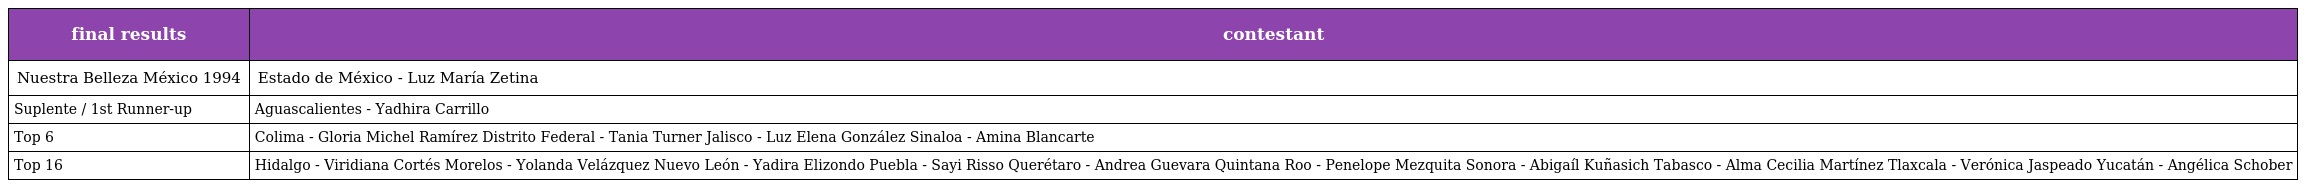
| final results | contestant |
 | --- | --- |
 | Nuestra Belleza México 1994 | Estado de México - Luz María Zetina |
 | Suplente / 1st Runner-up | Aguascalientes - Yadhira Carrillo |
 | Top 6 | Colima - Gloria Michel Ramírez Distrito Federal - Tania Turner Jalisco - Luz Elena González Sinaloa - Amina Blancarte |
 | Top 16 | Hidalgo - Viridiana Cortés Morelos - Yolanda Velázquez Nuevo León - Yadira Elizondo Puebla - Sayi Risso Querétaro - Andrea Guevara Quintana Roo - Penelope Mezquita Sonora - Abigaíl Kuñasich Tabasco - Alma Cecilia Martínez Tlaxcala - Verónica Jaspeado Yucatán - Angélica Schober |